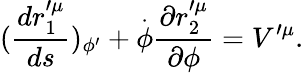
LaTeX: (\frac{dr_{1}^{\prime\mu}}{ds})_{\phi^{\prime}}+\overset{\cdot}{\phi}\frac{\partial r_{2}^{\prime\mu}}{\partial\phi}=V^{\prime\mu}.